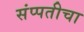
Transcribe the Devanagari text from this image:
संप्पतीचा